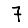
Digit: 7